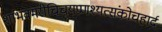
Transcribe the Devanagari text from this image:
शांभवमरीचिचयप्रणश्यत्संकोचहार्द